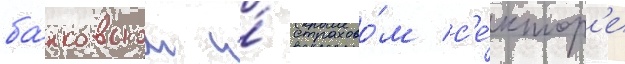
ба́нковском и́ страхово́м с'е́ктор'е